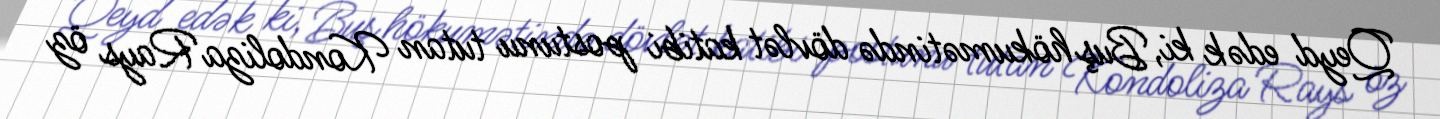
Qeyd edək ki, Buş hökumətində dövlət katibi postunu tutan Kondoliza Rays öz